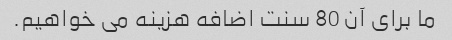
ما برای آن 80 سنت اضافه هزینه می خواهیم.